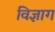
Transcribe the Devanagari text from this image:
विज्ञाग